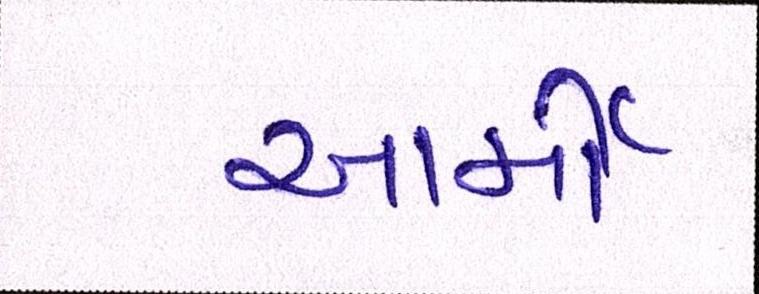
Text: આર્મી